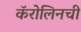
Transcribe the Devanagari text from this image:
कॅरोलिनची